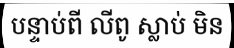
បន្ទាប់ពី លីពូ ស្លាប់ មិន